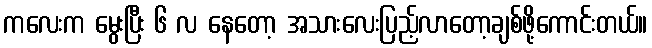
ကလေးက မွေးပြီး ၆ လ နေတော့ အသားလေးပြည့်လာတော့ချစ်ဖို့ကောင်းတယ်။